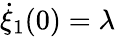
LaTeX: \dot{\xi}_{1}(0)=\lambda